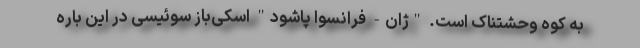
به کوه وحشتناک است. "ژان- فرانسوا پاشود" اسکی‌باز سوئیسی در این باره